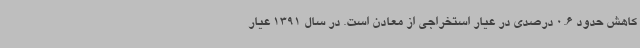
کاهش حدود 0.6 درصدی در عیار استخراجی از معادن است. در سال 1391 عیار